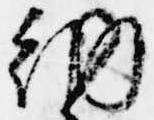
納